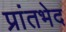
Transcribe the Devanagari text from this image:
प्रांतभेद